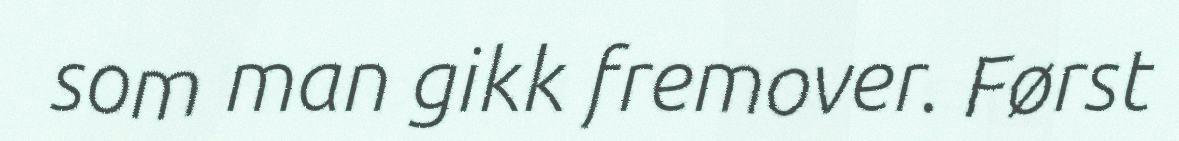
som man gikk fremover. Først